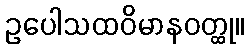
ဥပေါသထဝိမာနဝတ္ထု။